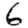
Digit: 6